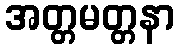
အတ္တမတ္တနာ